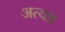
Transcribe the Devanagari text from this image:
अत्यन्न